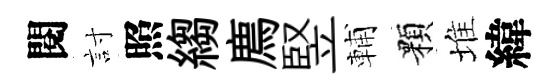
閱討照縐廌竪輔顆堆緯